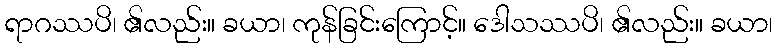
ရာဂဿပိ၊ ၏လည်း။ ခယာ၊ ကုန်ခြင်းကြောင့်။ ဒေါသဿပိ၊ ၏လည်း။ ခယာ၊